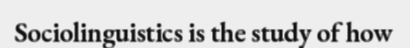
Sociolinguistics is the study of how